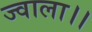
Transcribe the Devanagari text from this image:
ज्वाला।।